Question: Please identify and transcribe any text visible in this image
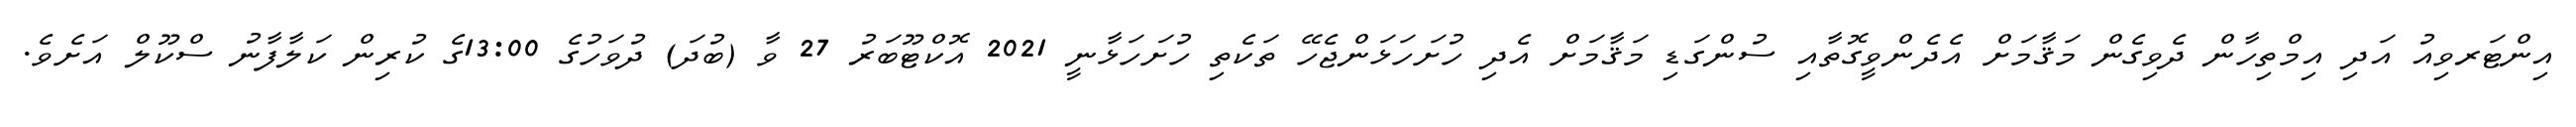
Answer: އިންޓަރވިއު އަދި އިމްތިހާން ދެވިގެން މަޤާމަށް އެދެންވީގޮތާއި ސުންގަޑި މަޤާމަށް އެދި ހުށަހަޅަންޖެހޭ ތަކެތި ހުށަހަޅާނީ 2021 އޮކްޓޫބަރު 27 ވާ (ބުދަ) ދުވަހުގެ 13:00ގެ ކުރިން ކަލާފާނު ސްކޫލް އަށެވެ.